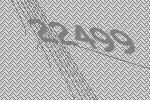
22499